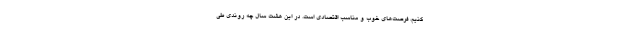
کنیم، فرصت‌های خوب و مناسب اقتصادی است. در این هشت سال چه روندی طی